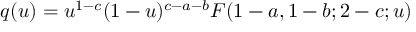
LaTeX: q ( u ) = u ^ { 1 - c } ( 1 - u ) ^ { c - a - b } F ( 1 - a , 1 - b ; 2 - c ; u )